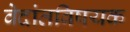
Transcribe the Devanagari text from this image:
वेदांतविषयक